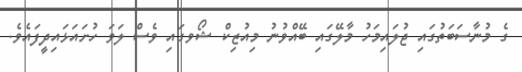
ގެ މުނާސަބަތުގައި ޖުލައިމަހު މާލޭގައި ބޭއްވުނު މިއުޒިކް ޝޯވގައި ވެސް ލަވަ ހުށައަޅައިދީފައެވެ.